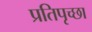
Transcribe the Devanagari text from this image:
प्रतिपृच्छा